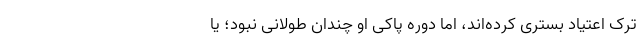
ترک اعتیاد بستری کرده‌اند، اما دوره پاکی او چندان طولانی نبود؛ یا